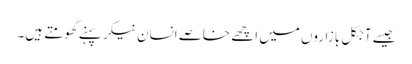
جیسے آجکل بازاروں میں اچھے خاصے انسان نیکر پہنے گھومتے ہیں۔